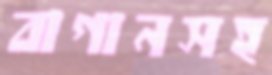
বাগানসহ